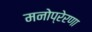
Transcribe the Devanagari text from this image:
मनोप्रेरणा